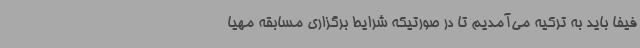
فیفا باید به ترکیه می‌آمدیم تا در صورتیکه شرایط برگزاری مسابقه مهیا